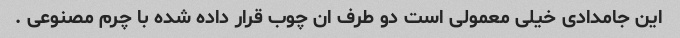
این جامدادی خیلی معمولی است دو طرف ان چوب قرار داده شده با چرم مصنوعی .